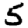
Digit: 5